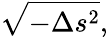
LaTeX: {\sqrt{-\Delta s^{2}}},